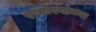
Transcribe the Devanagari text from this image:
रामोश्यांच्या